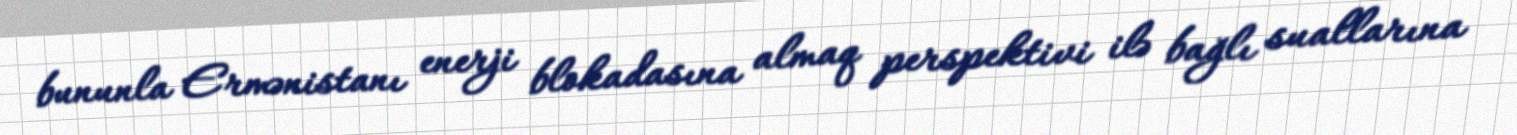
bununla Ermənistanı enerji blokadasına almaq perspektivi ilə bağlı suallarına